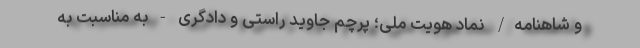
و شاهنامه/ نماد هویت ملی؛ پرچم جاوید راستی و دادگری - ‌به مناسبت به